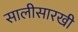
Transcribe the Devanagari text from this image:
सालीसारखी